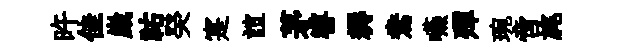
旿佳崴祐癸寔誼茅睿耨鴦嚥殫琬啻旄